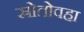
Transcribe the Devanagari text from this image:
स्रोतोवहा